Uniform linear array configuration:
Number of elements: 12
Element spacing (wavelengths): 1
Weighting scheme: hamming
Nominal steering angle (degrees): -45
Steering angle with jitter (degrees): -43.892
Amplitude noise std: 0.05
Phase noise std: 0.05

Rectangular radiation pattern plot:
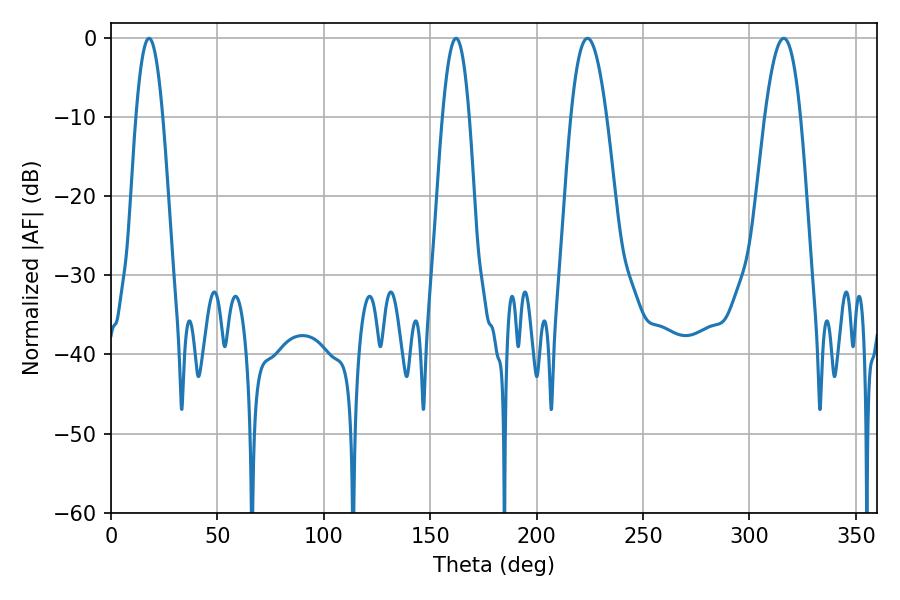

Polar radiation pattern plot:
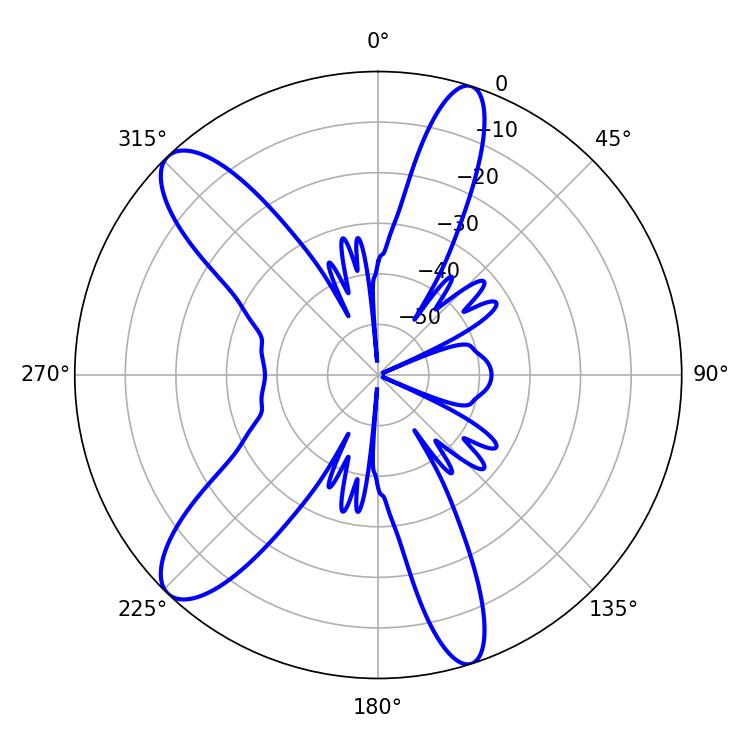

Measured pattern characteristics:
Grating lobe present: TRUE
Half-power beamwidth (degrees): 9.18
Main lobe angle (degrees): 223.92